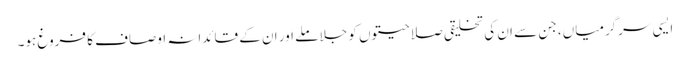
ایسی سرگرمیاں، جن سے ان کی تخلیقی صلاحیتوں کو جلا ملے اور ان کے قائدانہ اوصاف کا فروغ ہو۔